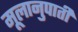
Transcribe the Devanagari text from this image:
मूलानुपाती